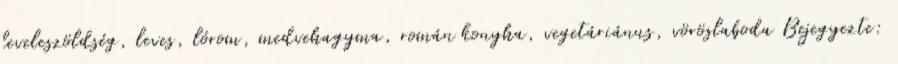
leveleszöldség, leves, lórom, medvehagyma, román konyha, vegetáriánus, vöröslaboda Bejegyezte: